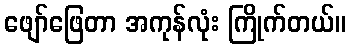
ဖျော်ဖြေတာ အကုန်လုံး ကြိုက်တယ်။